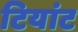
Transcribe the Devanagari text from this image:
टियांट